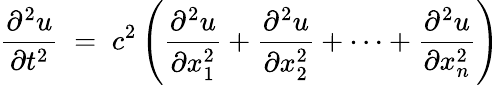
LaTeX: {\frac{\partial^{2}u}{\partial t^{2}}}\; =\; c^{2}\left({\frac{\partial^{2}u}{\partial x_{1}^{2}}}+{\frac{\partial^{2}u}{\partial x_{2}^{2}}}+\cdots+{\frac{\partial^{2}u}{\partial x_{n}^{2}}}\right)